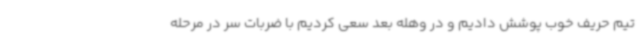
تیم حریف خوب پوشش دادیم و در وهله بعد سعی کردیم با ضربات سر در مرحله